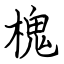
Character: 槐